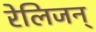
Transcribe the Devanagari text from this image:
रेलिजन्